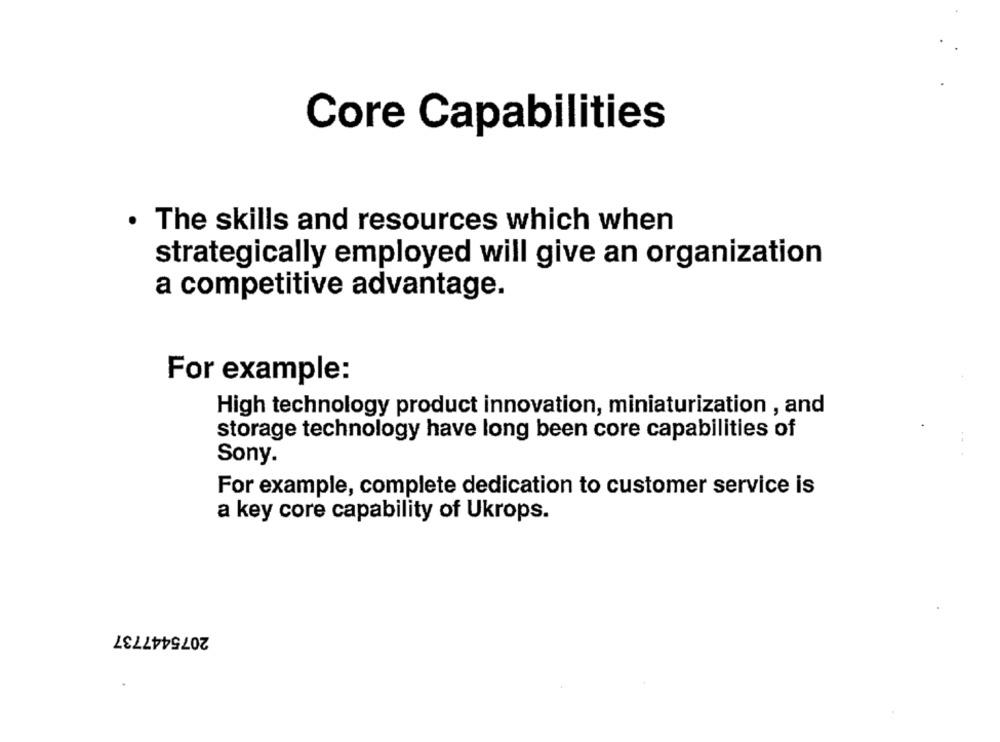
Core Capabilities
· The skills and resources which when
strategically employed will give an organization
a competitive advantage.
For example:
High technology product innovation, miniaturization , and
storage technology have long been core capabilities of
- -
Sony.
For example, complete dedication to customer service is
a key core capability of Ukrops.
2075447737